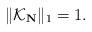
LaTeX: \begin{align*}\|\mathcal K_{\mathbf N}\|_1 = 1.\end{align*}